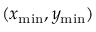
( x _ { \mathrm { m i n } } , y _ { \mathrm { m i n } } )